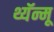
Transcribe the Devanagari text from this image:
थ्यॅन्मू